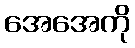
အေအေကို